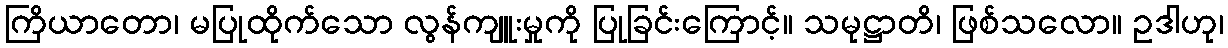
ကြိယာတော၊ မပြုထိုက်သော လွန်ကျူးမှုကို ပြုခြင်းကြောင့်။ သမုဋ္ဌာတိ၊ ဖြစ်သလော။ ဥဒါဟု၊